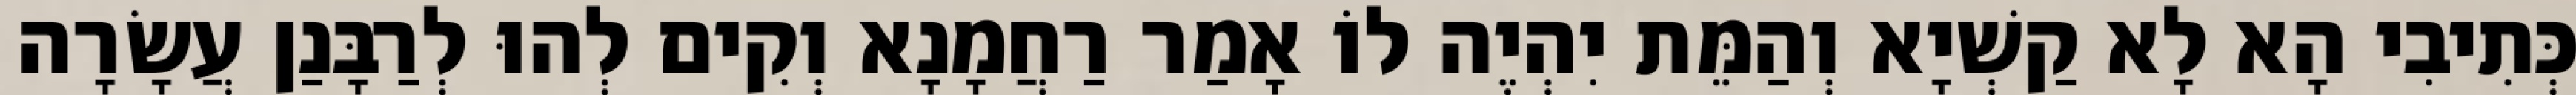
כְּתִיבִי הָא לָא קַשְׁיָא וְהַמֵּת יִהְיֶה לוֹ אָמַר רַחֲמָנָא וְקִים לְהוּ לְרַבָּנַן עֲשָׂרָה